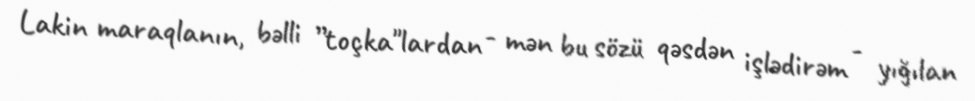
Lakin maraqlanın, bəlli ”toçka"lardan - mən bu sözü qəsdən işlədirəm - yığılan